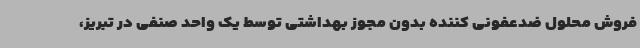
فروش محلول ضدعفونی کننده بدون مجوز بهداشتی توسط یک واحد صنفی در تبریز،